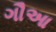
ગૌઆ